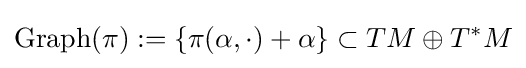
{\rm {Graph}}(\pi ):=\{\pi (\alpha ,\cdot )+\alpha \}\subset TM\oplus T^{*}M